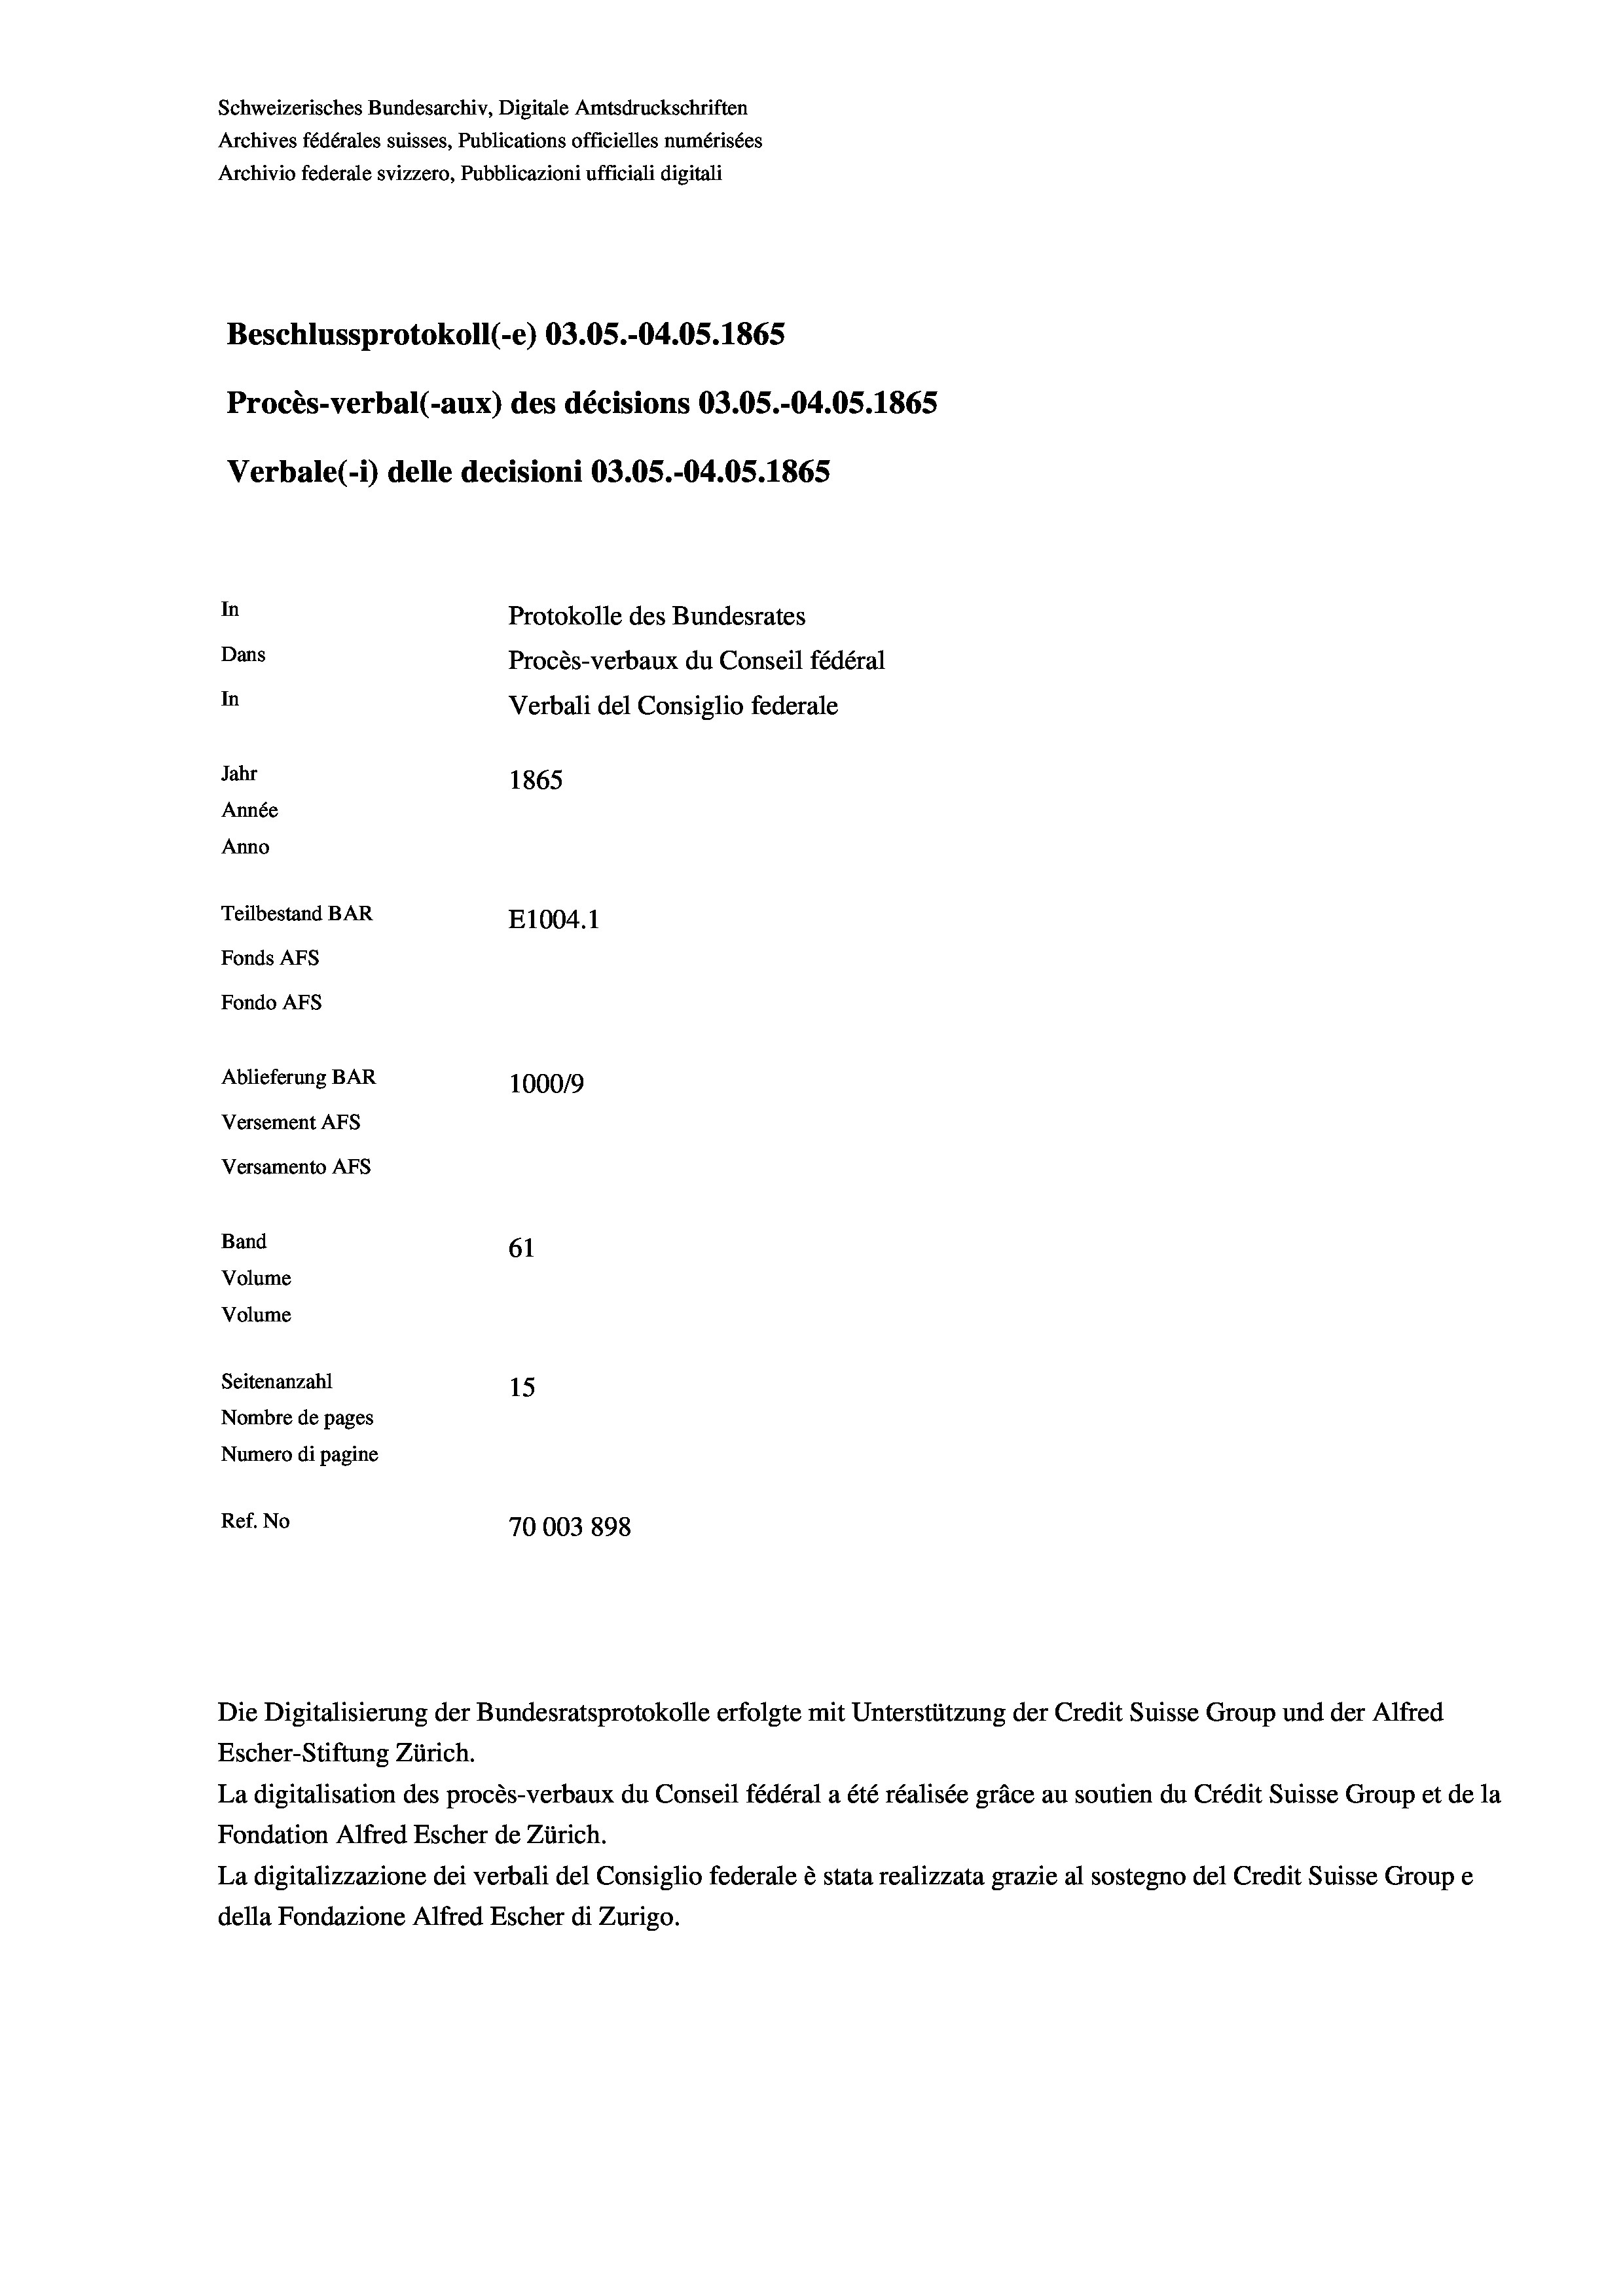
Schweizerisches Bundesarchiv, Digitale Amtsdruckschriften
Archives fédérales suisses, Publications officielles numérisées
Archivio federale svizzero, Pubblicazioni ufficiali digitali
Beschlussprotokoll (-e) 03.05.-04.05. 1865
Procès-verbal (-aux) des décisions 03.05.-04.05. 1865
Verbale (- 1) delle decisioni 03.05.-04.05. 1865
In
Protokolle des Bundesrates
Dans
Procès-verbaux du Conseil fédéral
In
Verbali del Consiglio federale
Jahr
1865
Année
Anno
Teilbestand BAR
E1004.1
Fonds AFs
Fondo Afs
Ablieferung BAR
100019
Versement AFs
Versamento Afs

61
Seitenanzahl
15
Nombre de pages
Numero di pagine
Ref. No
70003898

Band

Volume
Volume

Escher-Stiftung Zürich.
La digitalisation des procès-verbaux du Conseil fédéral a été réalisée gräce au soutien du Crédit Suisse Group et de la
Fondation Alfred Escher de Zürich.
La digitalizzazione dei verbali del Consiglio federale è stata realizzata grazie al sostegno del Credit Suisse Groupe
della Fondazione Alfred Escher di Zurigo.

Die Digitalisierung der Bundesratsprotokolle erfolgte mit Unterstützung der Credit Suisse Group und der Alfred